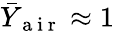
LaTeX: \bar{Y}_{\mathrm{~a~i~r~}}\approx 1